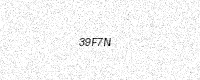
Text: 39F7N